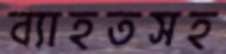
ব্যাহতসহ